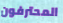
المحترفون